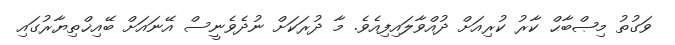
ވަގުތު މިޞްބާޙް ކާރު ކުރިއަށް ދުއްވާލައިފިއެވެ. މާ ދުރަކަށް ނުދެވެނީސް އޭނައަށް ބޭއިޚްތިޔާރުގައި